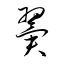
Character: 翼